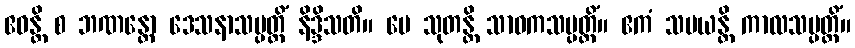
ဧဝန္တိ စ ဘဏန္တော ဒေသနာသမ္ပတ္တိံ နိဒ္ဒိသတိ။ မေ သုတန္တိ သာဝကသမ္ပတ္တိံ။ ဧကံ သမယန္တိ ကာလသမ္ပတ္တိံ။